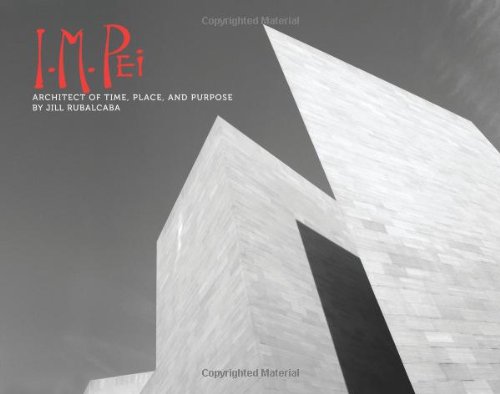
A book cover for I.M. Pei: Architect of Time, Place and Purpose; Jill Rubalcaba; Teen & Young Adult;